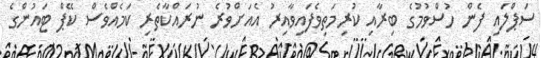
ސަޕްލައި ފެން ހުސްވުމުގެ ބިރާއި ކުރިމަތިވެފައިވާއިރު އެއަށްވުރެ ނުރައްކާތެރި ކަމެއްވެސް ކޭޕް ޓައުންގެ